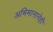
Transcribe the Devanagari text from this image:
अभिमानानेही